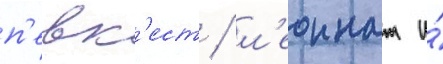
п'евк'ест / л'еоннат и́